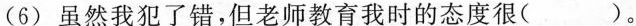
(6) 虽然我犯了错，但老师教育我时的态度很( )。